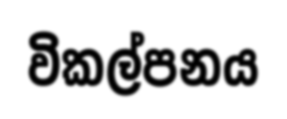
විකල්පනය